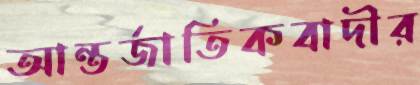
আন্তর্জাতিকবাদীর